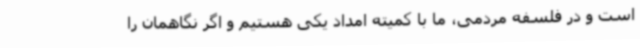
است و در فلسفه مردمی، ما با کمیته امداد یکی هستیم و اگر نگاهمان را